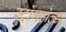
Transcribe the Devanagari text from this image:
स्ट्रोंगहोल्ड